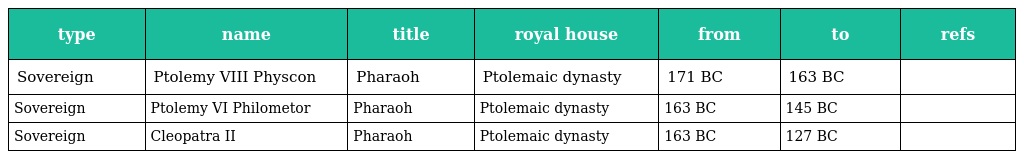
| type | name | title | royal house | from | to | refs |
 | --- | --- | --- | --- | --- | --- | --- |
 | Sovereign | Ptolemy VIII Physcon | Pharaoh | Ptolemaic dynasty | 171 BC | 163 BC |  |
 | Sovereign | Ptolemy VI Philometor | Pharaoh | Ptolemaic dynasty | 163 BC | 145 BC |  |
 | Sovereign | Cleopatra II | Pharaoh | Ptolemaic dynasty | 163 BC | 127 BC |  |